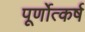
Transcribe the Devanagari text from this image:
पूर्णोत्कर्ष